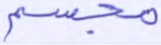
مجسم